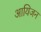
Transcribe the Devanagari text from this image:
आयिजन